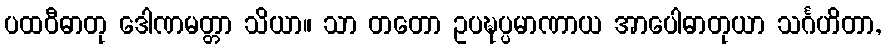
ပထဝီဓာတု ဒေါဏမတ္တာ သိယာ။ သာ တတော ဥပဍ္ဎပ္ပမာဏာယ အာပေါဓာတုယာ သင်္ဂဟိတာ,